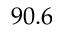
9 0 . 6